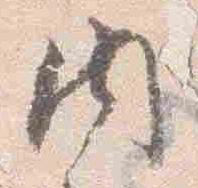
内